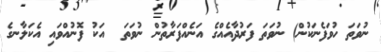
ނުވަތަ ހުވަފެނަކުން) ނުވަތަ ފަރުދާއެއްގެ އަނެއްފަރާތުން ނުވަތަ  އަކު ފޮނުއްވައި އެކަލާނގެ